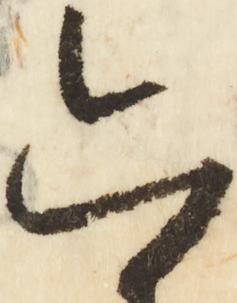
六